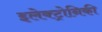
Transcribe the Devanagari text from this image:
इलेक्ट्रोनिकी